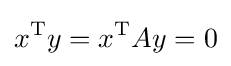
x^{\text{T}}y=x^{\text{T}}Ay=0